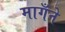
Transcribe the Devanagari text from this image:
मागँने